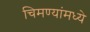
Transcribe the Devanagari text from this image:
चिमण्यांमध्ये